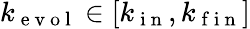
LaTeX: k_{\mathrm{~e~v~o~l~}}\in[k_{\mathrm{~i~n~}},k_{\mathrm{~f~i~n~}}]